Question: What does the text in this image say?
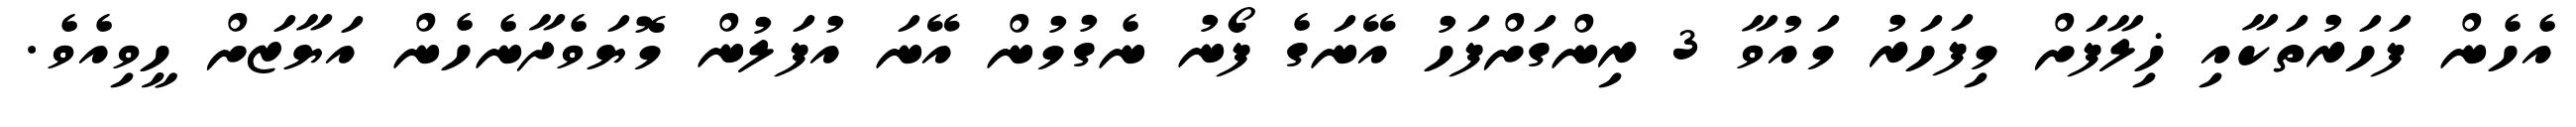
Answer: އެހެން ފަހަރުތަކާއި ޚިލާފަށް މިފަހަރު މައުވާ 3 ރިންގަށްފަހު އޭނަގެ ފޯނު ނެގުމުން އޭނަ އުފަލުން މޮޔަވެދާނެހެން އަޔާޒަށް ހީވިއެވެ.